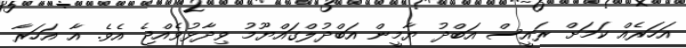
އަހަރެއް ކަމަށް ރައީސް އަބްދު ޔާމީން އަބްދުލްގައްޔޫމު ވިދާޅުވެއްޖެ އެވެ. އާ އަހަރާ